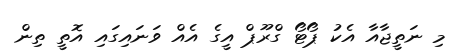
މި ނަތީޖާއާ އެކު ޕޯޓޯ ގްރޫޕް އީގެ އެއް ވަނައިގައި އޮތީ ތިން